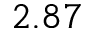
2 . 8 7